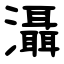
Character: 灄